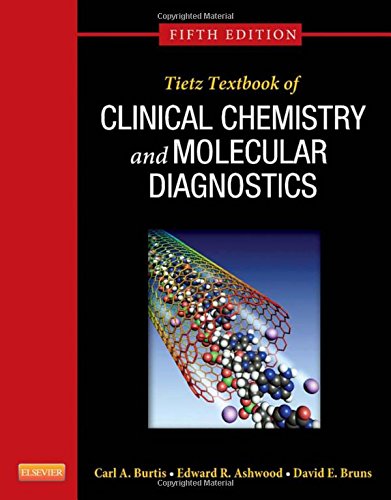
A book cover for Tietz Textbook of Clinical Chemistry and Molecular Diagnostics, 5e; Carl A. Burtis PhD; Science & Math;